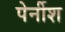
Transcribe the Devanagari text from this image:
पेर्नीश